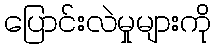
ပြောင်းလဲမှုများကို